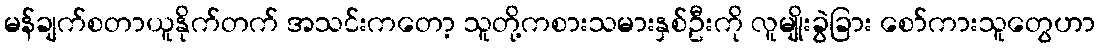
မန်ချက်စတာယူနိုက်တက် အသင်းကတော့ သူတို့ကစားသမားနှစ်ဦးကို လူမျိုးခွဲခြား စော်ကားသူတွေဟာ